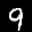
Label: 9